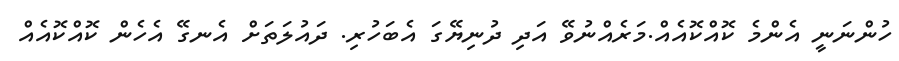
ހުންނަނީ އެންމެ ކޮއްކޮއެއް.މަރެއްނުވޭ އަދި ދުނިޔޭގަ އެބަހުރި. ދައުލަތަށް އެނގޭ އެހެން ކޮއްކޮއެއް